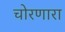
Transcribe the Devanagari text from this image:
चोरणारा